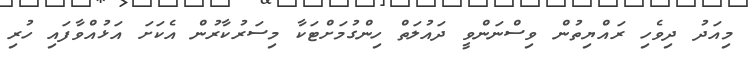
މިއަދު ދިވެހި ރައްޔިތުން ވިސްނަންވީ ދައުލަތް ހިންގުމަށްޓަކާ މިސަރުކާރުން އެކަށަ އަޅުއްވާފައި ހުރި